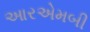
આરએમબી